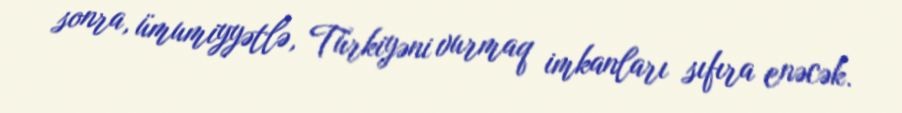
sonra, ümumiyyətlə, Türkiyəni vurmaq imkanları sıfıra enəcək.